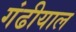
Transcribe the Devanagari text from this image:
गंढीयाल